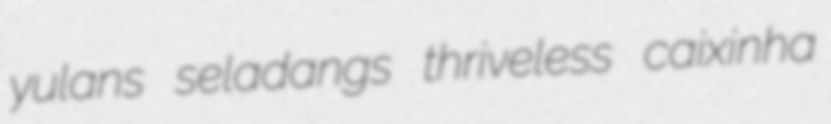
yulans seladangs thriveless caixinha